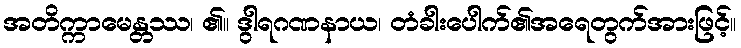
အတိက္ကာမေန္တဿ၊ ၏။ ဒွါရဂဏနာယ၊ တံခါးပေါက်၏အရေတွက်အားဖြင့်။